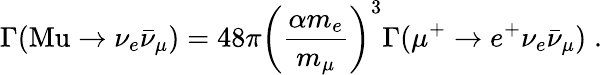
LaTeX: \Gamma(\textrm{Mu}\to\nu_{e}\bar{\nu}_{\mu})=48\pi\left(\frac{\alpha m_{e}}{m_{\mu}}\right)^{3}\Gamma(\mu^{+}\to e^{+}\nu_{e}\bar{\nu}_{\mu})\; .